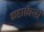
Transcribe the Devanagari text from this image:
कहाधियों